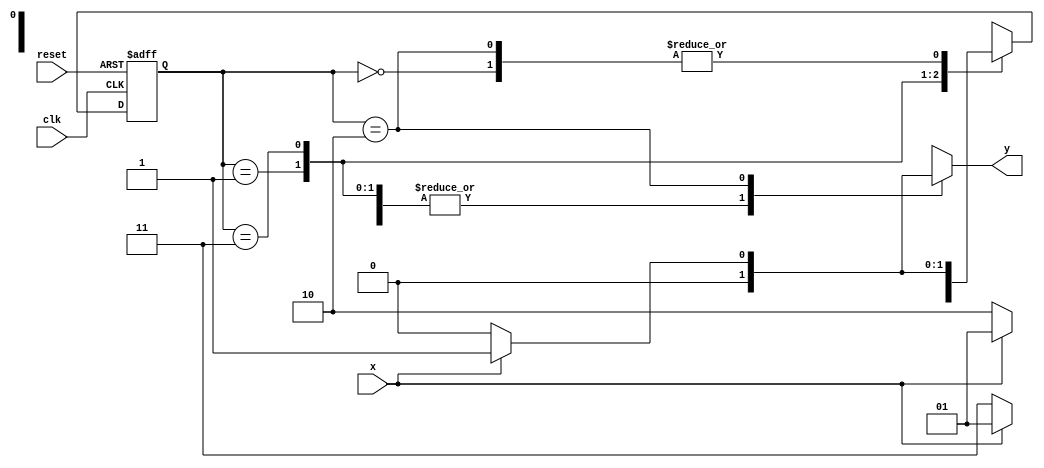
// Autor: Jenifer Henrique - 427420
// --------------
// --- Mealy FSM
// --------------
/*
Mealy FSM Diagram
__________________
/ \
1 v 1 0 1 | // found
[start] ---> [id1] ---> [id11] ---> [id110]
^ \0 0 | 1 / ^ 0 | // not found
\_/ / \__/ |
\_______/ /
\ /
\______________________/
*/
// constant definitions
`define found 1
`define notfound 0
// FSM by Mealy
module mealy1101 ( y, x, clk, reset );
output y;
input x;
input clk;
input reset;
reg y;
parameter // state identifiers
start = 2'b00,
id1 = 2'b01,
id10 = 2'b11,
id100 = 2'b10;
reg [1:0] E1; // current state variables
reg [1:0] E2; // next state logic output
// next state logic
always @( x or E1 )
begin
y = `notfound;
case ( E1 )
start:
if ( x )
E2 = id1;
else
E2 = start;

id1:
if ( x )
E2 = id1;
else
E2 = id10;

id10:
if ( x )
E2 = id1;
else
E2 = id100;

id100:
if ( x )
begin
E2 = id1;
y = `found;
end
else
begin
E2 = start;
y = `notfound;
end
default: // undefined state
E2 = 2'bxx;
endcase
end // always at signal or state changing
// state variables
always @( posedge clk or negedge reset )
begin
if ( reset )
E1 = E2; // updates current state
else
E1 = 0; // reset
end // always at signal changing
endmodule // mealy1101

module Exemplo0052;
reg clk, reset, x;
wire m1;
mealy1101 mealy1 ( m1, x, clk, reset );
initial
begin
$display ( "Time X Mealy" );
// initial values
clk = 1;
reset = 0;
x = 0;
// input signal changing
#5 reset = 1;
#10 x = 1;
#10 x = 1;
#10 x = 0;
#20 x = 1;
#10 x = 1;
#10 x = 0;
#10 x = 0;
#10 x = 1;
#30 $finish;
end // initial
always
#5 clk = ~clk;
always @( posedge clk )
begin
$display ( "%4d %4b %4b", $time, x, m1);
end // always at positive edge clocking changing
endmodule // Exemplo0051